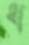
ধ